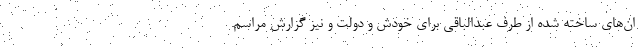
ان‌های ساخته شده از طرف عبدالباقی برای خودش و دولت و نیز گزارش مراسم